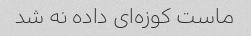
ماست کوزه‌ای داده نه شد